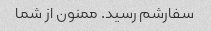
سفارشم رسید. ممنون از شما